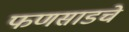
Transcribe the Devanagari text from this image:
फणसाडचे